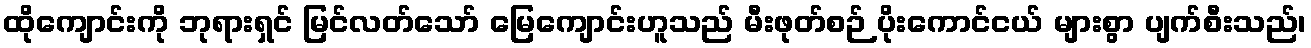
ထိုကျောင်းကို ဘုရားရှင် မြင်လတ်သော် မြေကျောင်းဟူသည် မီးဖုတ်စဉ် ပိုးကောင်ငယ် များစွာ ပျက်စီးသည်၊